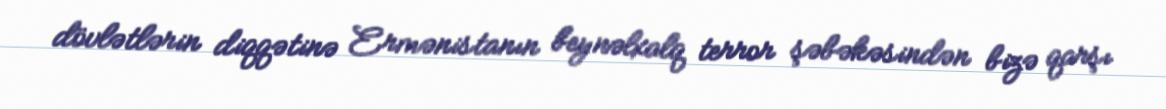
dövlətlərin diqqətinə Ermənistanın beynəlxalq terror şəbəkəsindən bizə qarşı